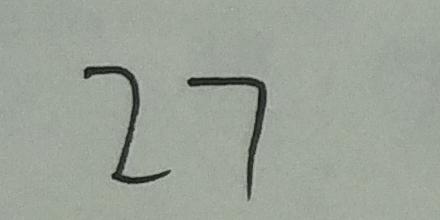
2 7